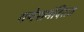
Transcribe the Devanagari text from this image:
गणेशमंदिरात